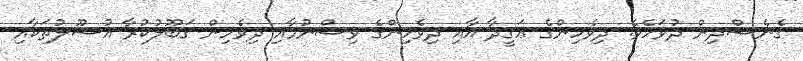
ގެނެސްދިން ދުވަހެވެ. ދިވެހިންގެ ޢަޤީދާ އާއި ދިވެހިންގެ ވިސްނުމާއި ދިވެހިން ޤަބޫލުކުރާ އުސޫލުތަކާއި